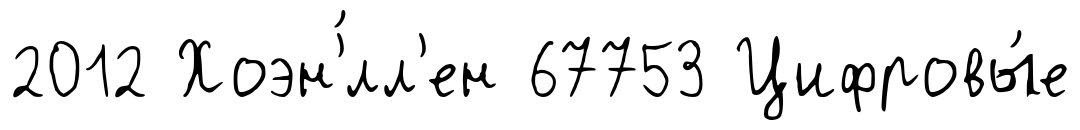
2012 Хоэн'́лл'ен 67753 Цифровы́е